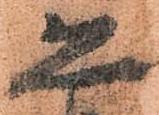
恐